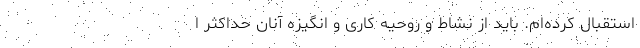
استقبال کرده‌ام. باید از نشاط و روحیه کاری و انگیزه آنان حداکثر ا